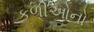
કળીઓનો